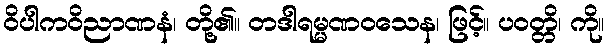
ဝိပါကဝိညာဏနံ၊ တို့၏။ တဒါရမ္မဏဝသေန၊ ဖြင့်။ ပဝတ္တိ၊ ကို။